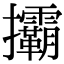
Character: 𢺞